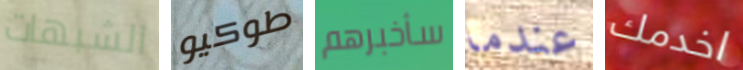
الشبهات طوكيو سأخبرهم عندما اخدمك